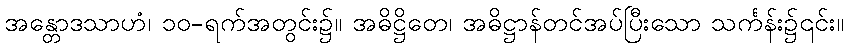
အန္တောဒသာဟံ၊ ၁၀-ရက်အတွင်း၌။ အဓိဋ္ဌိတေ၊ အဓိဋ္ဌာန်တင်အပ်ပြီးသော သင်္ကန်း၌၎င်း။